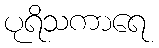
ပုရိသကာရေ